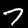
Label: 7